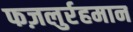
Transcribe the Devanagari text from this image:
फज़लुर्रहमान